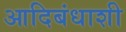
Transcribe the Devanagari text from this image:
आदिबंधाशी